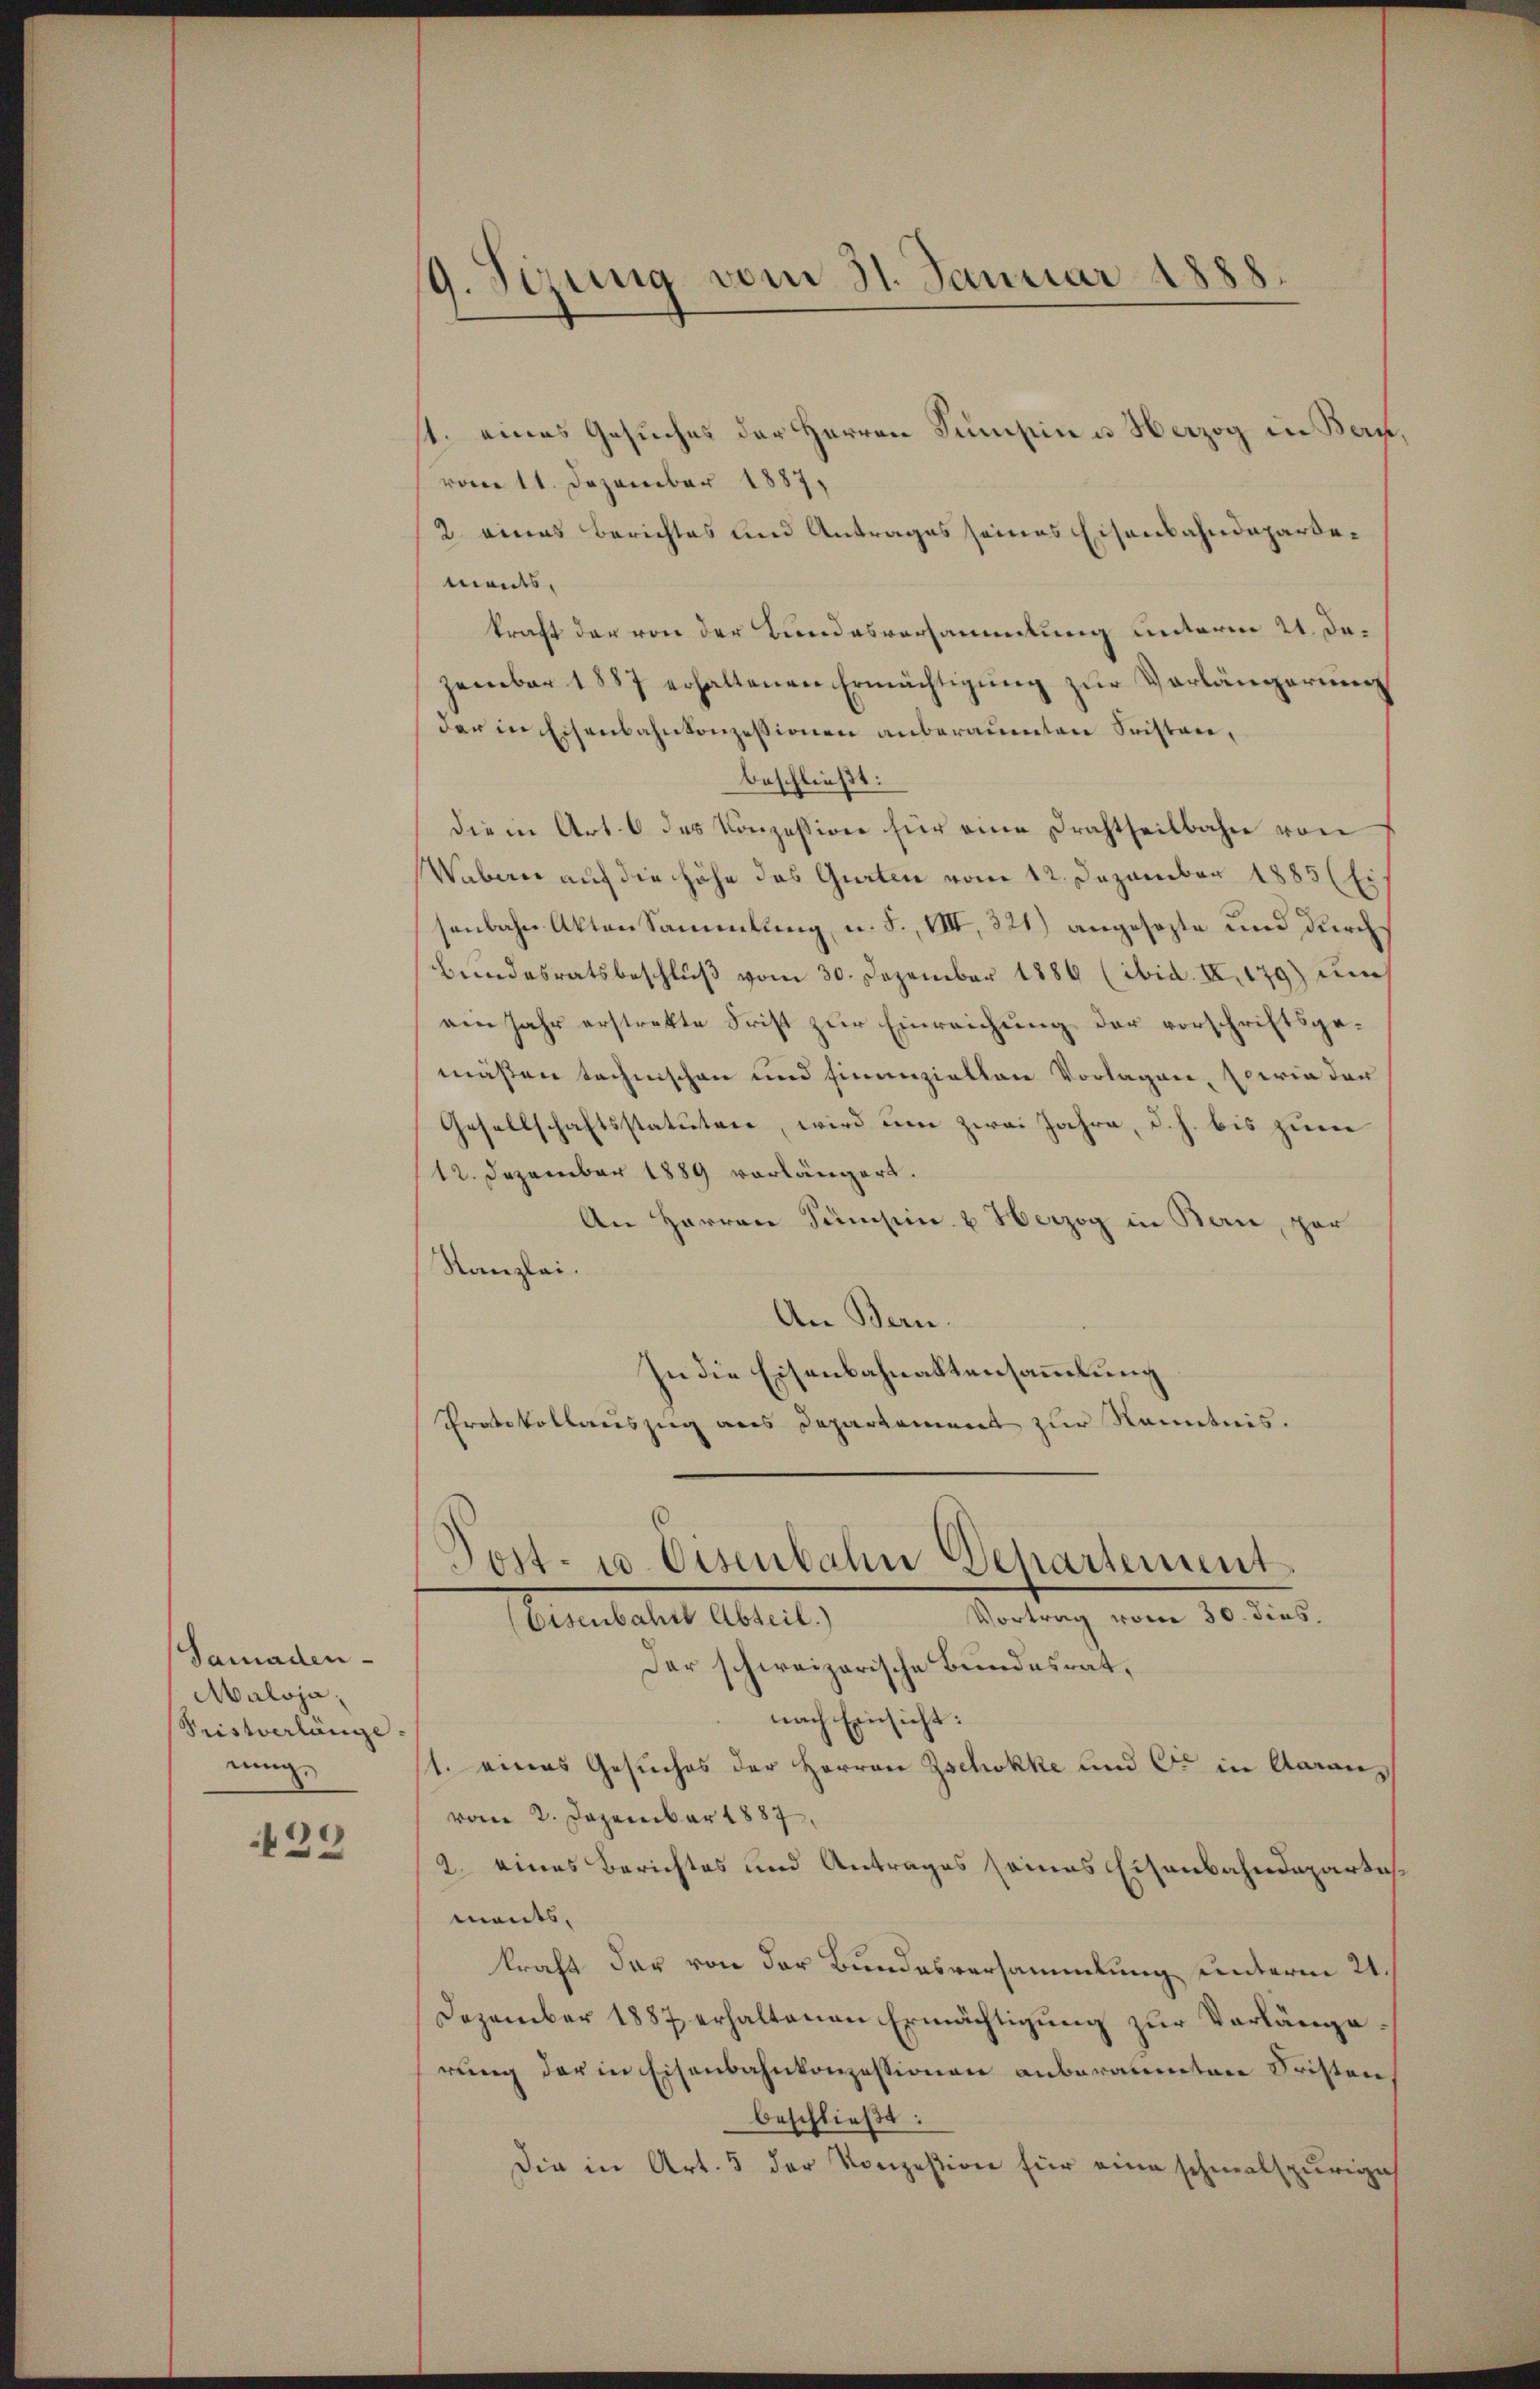
Samaden-
Maloja,
Tristverlange
nung.

429

19. Sizung vom 31. Januar 1888.

st. eines Gesuches der Herren Sumpin u Herzog in Bern,
vom 11. Dezember 1887,
2. eines Berichtes und Antrages seines Eisenbahndepartements,
kraft der von der Bundesversammlung unterm 21. Dezember 1887 erhaltenen Ermächtigŭng zŭr Verlängerung
der in Eisenbahnkonzessionen anberauenten Fristen,
beschließt:
die in Art. 6 des Konzession für eine Drahtheilbahn von
Wabern auf die Höhe das Gurten vom 12. Dezember 1885 (Ei
senbahn Akten Sammlung, u. S., VIII, 321) angesezte und durch
Bundesratsbeschlŭβ vom 30. Dezember 1886 (ibid. II.179) un
ein Jahr erstrekte Frist zur Einreichung der vorschriftsgemäßen technischen und finanziellen Vorlagen, sowie der
Gesellschaftsstatutare, wird um zwei Jahre, d. h. bis zum
12. Dezember 1889 vorlängert.
An Herren Pumsein u Herzog in Bern, par
Kanzlei.
An Bern.
In die Eisenbahnaktensammlung
Protokollauszug aus Departement zur Kenntnis.
Tost- 10. Eisenbahn Departement
Vortrag vom 30. dies.
Almentatent Abteils
Der schweizerische Bundesrat,
nach Einsicht:
1. eines Gesuches der Herren Zschokke und Ort in Aaraus
vom 2. Dezember 1887.
2. eines Berichtes und Antrages seines Eisenbahndepartes
ments,
kraft der von der Bundesversammlung unterm 21.
Dezember 1887 erhaltenen Ermächtigung zur Vorlängerung der in Eisenbahnkonzessionen anberaumten Fristen
beschließt:
Die in Art. 5 der Konzession für eine schmalspurige